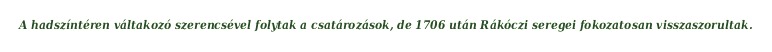
A hadszíntéren váltakozó szerencsével folytak a csatározások, de 1706 után Rákóczi seregei fokozatosan visszaszorultak.